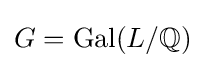
G=\operatorname {Gal} (L/\mathbb {Q} )